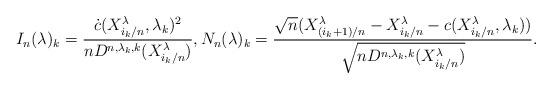
LaTeX: \begin{align*}I_n(\lambda)_k=\frac{ \dot{c}(X_{{i_k}/{n}}^{\lambda},\lambda_k)^2}{nD^{n, \lambda_k,k}( X_{{i_k}/{n}}^{\lambda})},N_n(\lambda)_k=\frac{\sqrt{n}(X_{({i_k+1})/{n}}^{\lambda}-X_{i_k/n}^{\lambda}-c(X_{{i_k}/{n}}^{\lambda},\lambda_k))} {\sqrt{nD^{n, \lambda_k,k}( X_{{i_k}/{n}}^{\lambda}) }}.\end{align*}